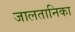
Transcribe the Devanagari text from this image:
जालतानिका